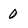
Character: 0